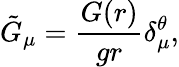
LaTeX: \tilde{G}_{\mu}=\frac{G(r)}{gr}\delta_{\mu}^{\theta},